Civil Veterinary Department Bengal reports 1933-51 - 1933-1951
Year: 1933
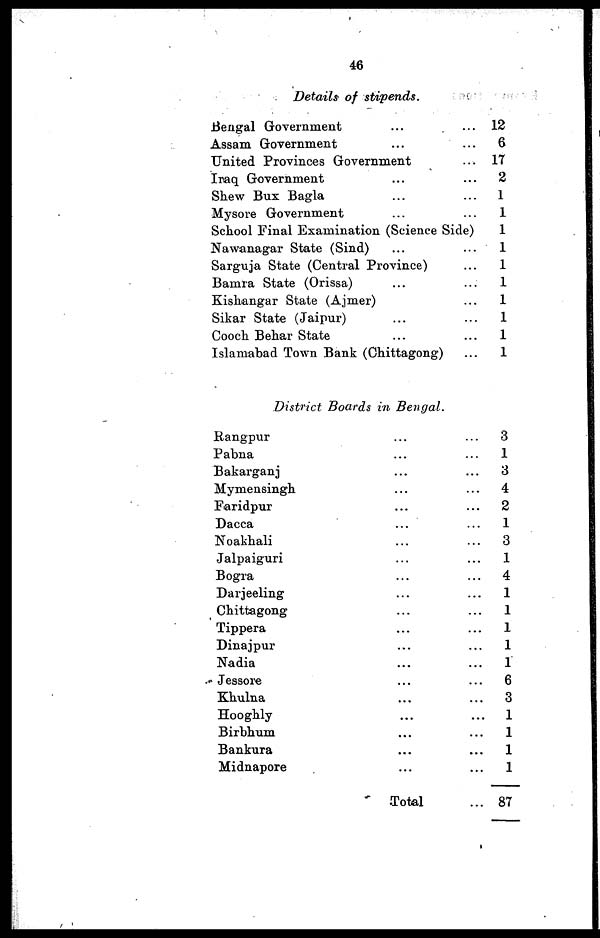
46
Details of stipends.
Bengal Government ......
Assam Government ......
United Provinces Government ...
Iraq Government ......
Shew Bux Bagla ......
Mysore Government ......
School Final Examination (Science Side)
Nawanagar State (Sind) ......
Sarguja State (Central Province) ...
Bamra State (Orissa) ......
Kishangar State (Ajmer) ...
Sikar State (Jaipur) ......
Cooch Behar State ......
Islamabad Town Bank (Chittagong) ...
12
6
17
2
1
1
1
1
1
1
1
1
1
1
District Boards in Bengal.
Rangpur ......
Pabna ......
Bakarganj ......
Mymensingh ......
Faridpur ......
Dacca
......
Noakhali ......
Jalpaiguri ......
Bogra ......
Darjeeling ......
Chittagong ......
Tippera ......
Dinajpur ......
Nadia ......
Jessore ......
Khulna ......
Hooghly ......
Birbhum ......
Bankura ......
Midnapore ......
Total ...
3
1
3
4
2
1
3
1
4
1
1
1
1
1
6
3
1
1
1
1
87